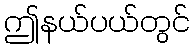
ဤနယ်ပယ်တွင်